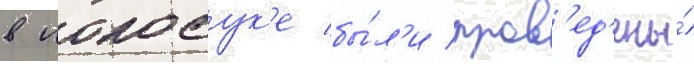
в иокосук'е бы́л'и пров'ед'ены́